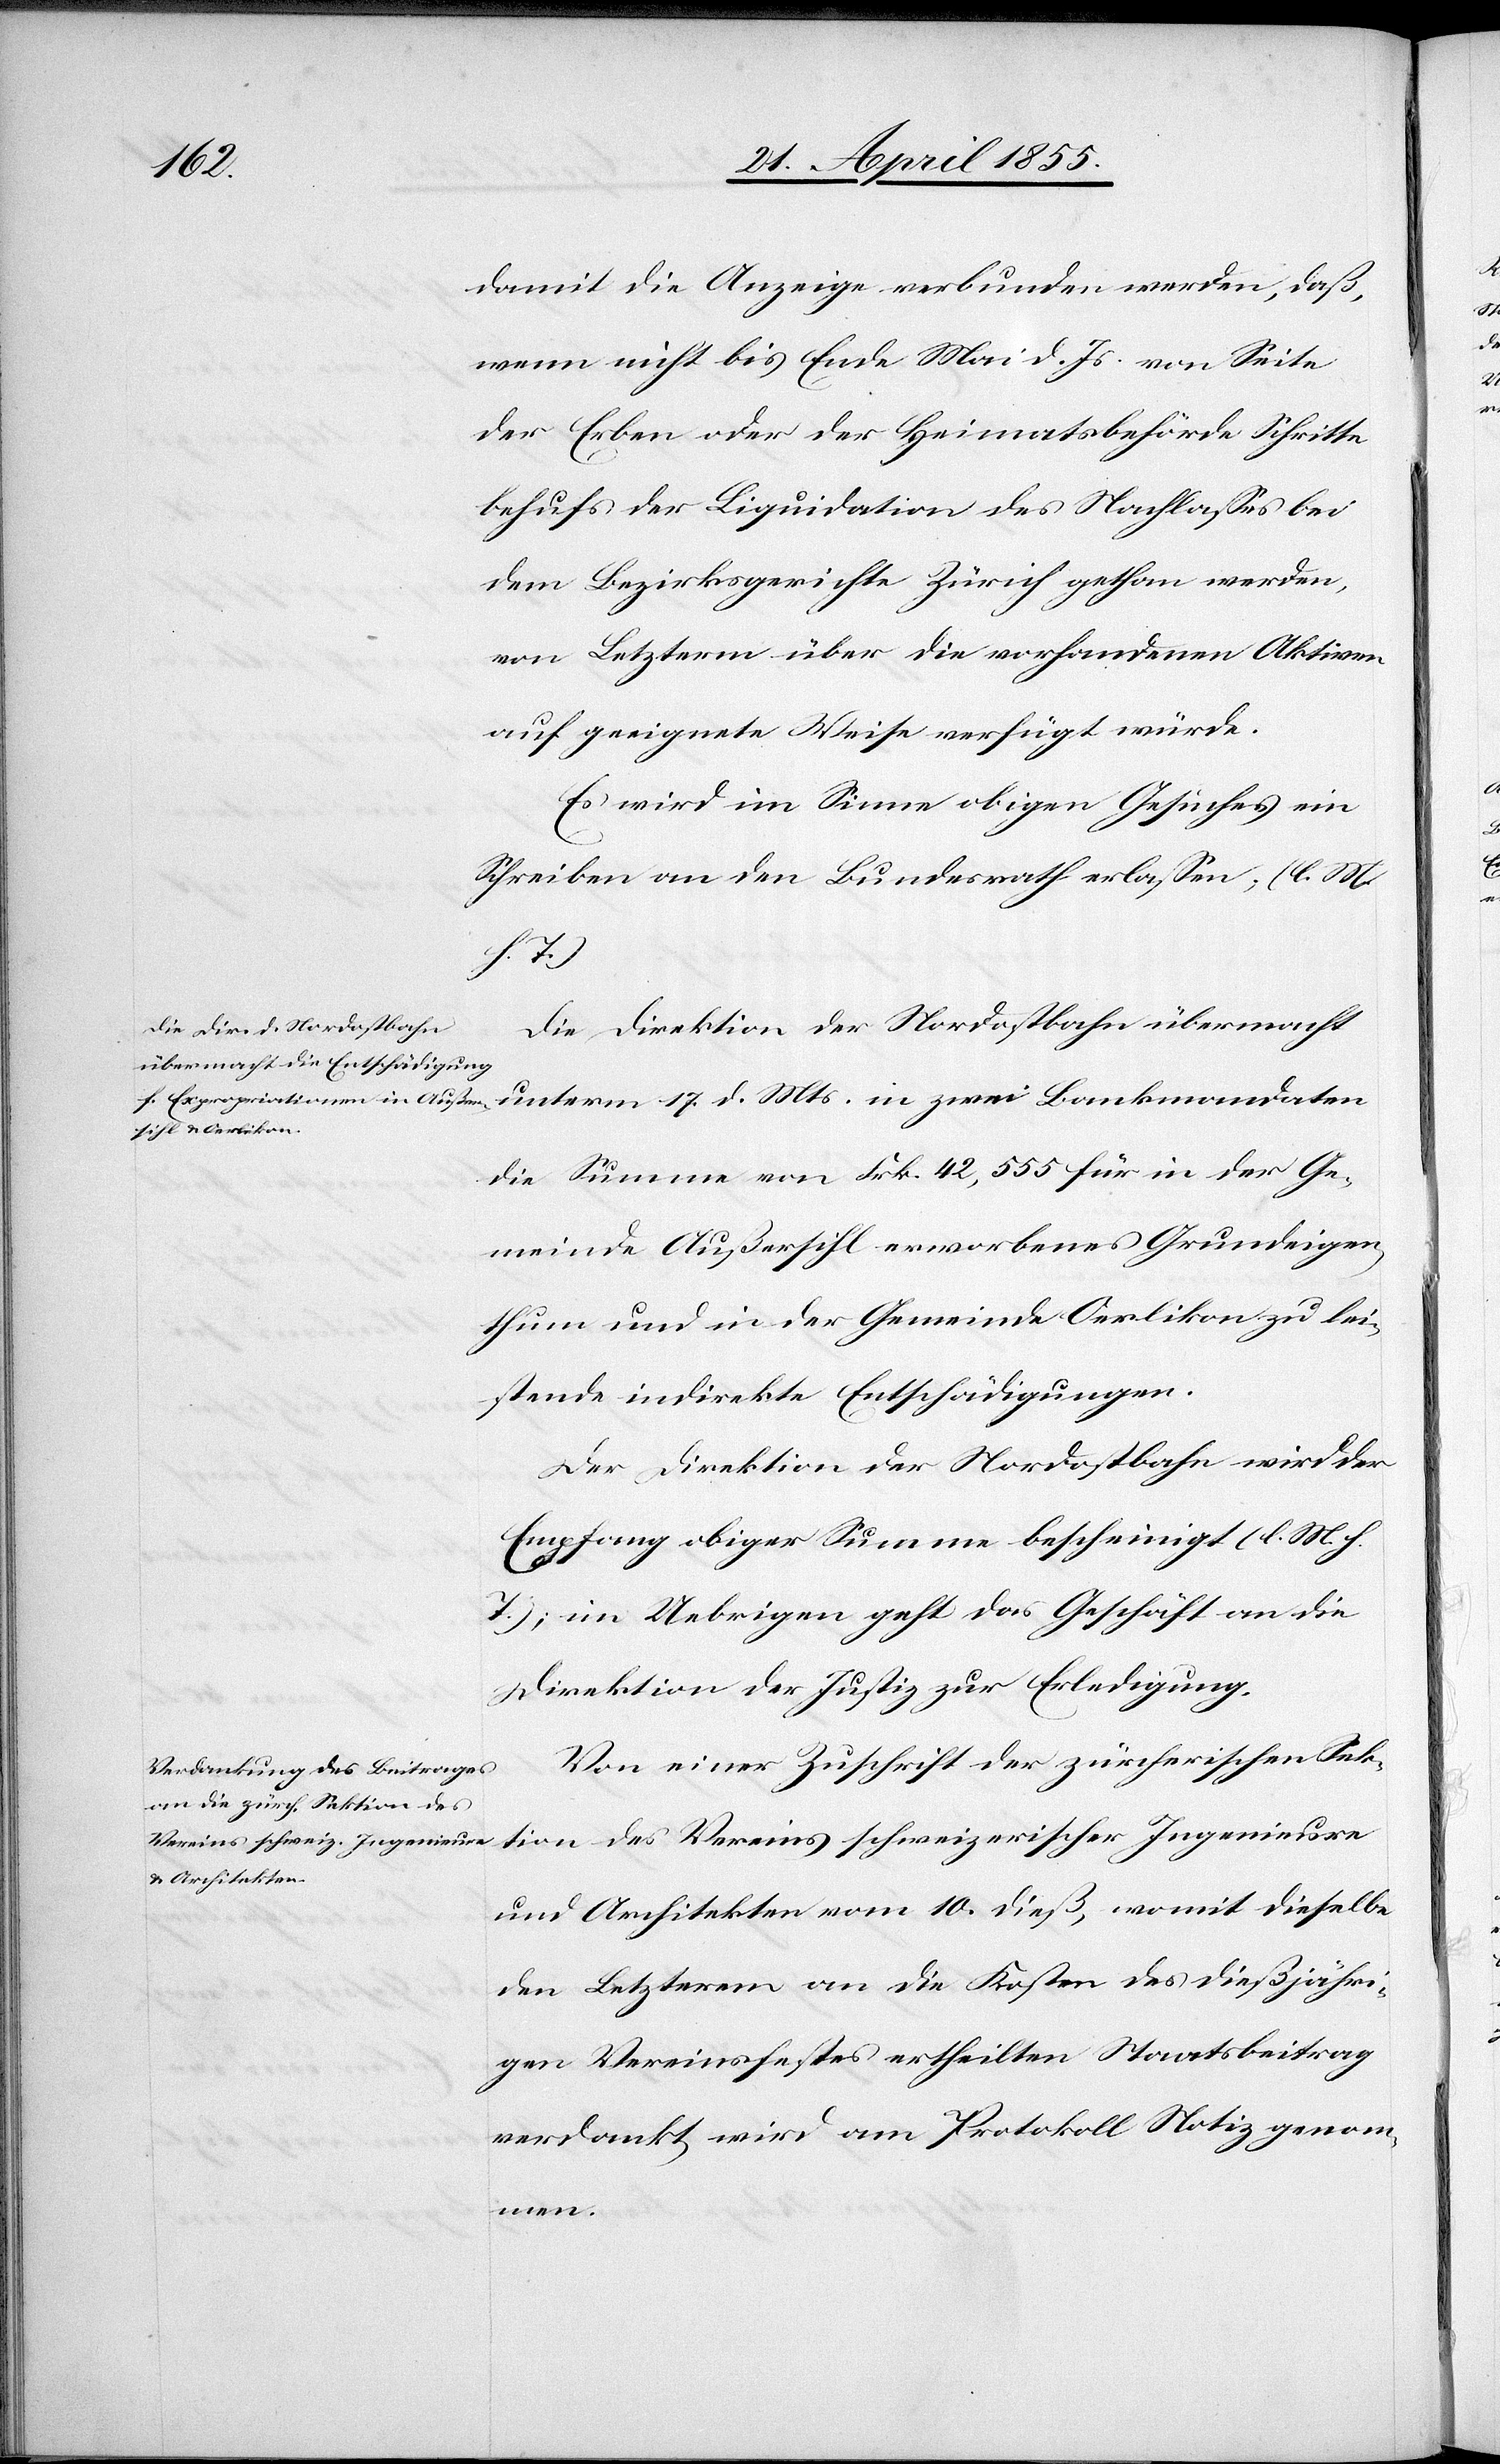
damit die Anzeige verbunden werden, daß,
wenn nicht bis Ende Mai d. Js. von Seite
der Erben oder der Heimatsbehörde Schritte
behufs der Liquidation des Nachlasses bei
dem Bezirksgerichte Zürich gethan werden,
von Letzterm über die vorhandenen Aktiven
auf geeignete Weise verfügt würde.
Es wird im Sinne obigen Gesuches ein
Schreiben an den Bundesrath erlassen; (l. M.
h. T.)
Die Direktion der Nordostbahn übermacht
unterm 17. d. Mts. in zwei Bankmandaten
die Summe von Frk. 42,555 für in der Ge¬
meinde Außersihl erworbenes Grundeigen¬
thum und in der Gemeinde Oerlikon zu lei¬
stende indirekte Entschädigungen.
Der Direktion der Nordostbahn wird der
Empfang obiger Summe bescheinigt (l. M. h.
T.); im Uebrigen geht das Geschäft an die
Direktion der Justiz zur Erledigung.
Von einer Zuschrift der zürcherischen Sek¬
tion des Vereins schweizerischer Ingenieure
und Architekten vom 10. dieß, womit dieselbe
den Letzterem an die Kosten des dießjähri¬
gen Vereinsfestes ertheilten Staatsbeitrag
verdankt, wird am Protokoll Notiz genom¬
men.